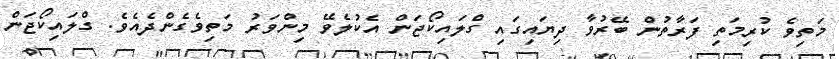
މަތިވެ ކުރިމަތި ފަރާތުން ބޭރުވާ ދިޔައިގައި ގްލައިކޯޖަން އެކުލެވޭ މިންވަރު މަތިވެގެންދެއެވެ. ގްލައިކޯޖަން